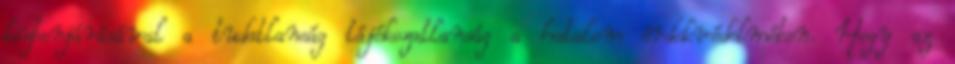
közbenjárásával a tudatlanság tájékozatlanság a hatalom érdekvédelmében. Hogy az